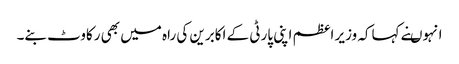
انہوںنے کہاکہ وزیر اعظم اپنی پارٹی کے اکابرین کی راہ میں بھی رکاوٹ بنے۔